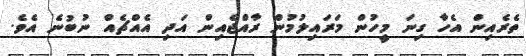
ތެރެއިން އެހާ ގިނަ މީހުން މަރައިލުމުން ރާއްޖެއިން އަދި އެއްޗެއް ނުބުނެ އެވެ.